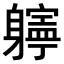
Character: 𨊎